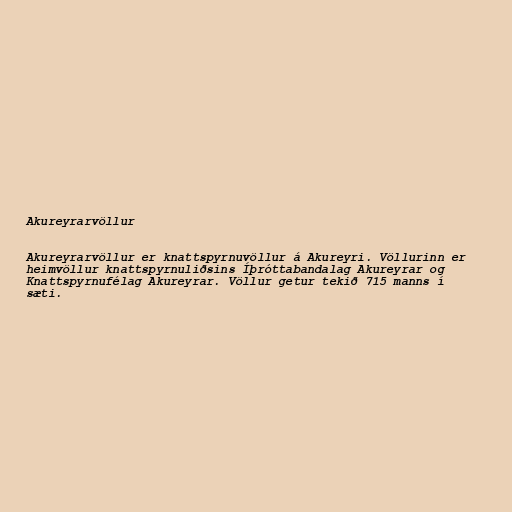
Akureyrarvöllur

Akureyrarvöllur er knattspyrnuvöllur á Akureyri. Völlurinn er
heimvöllur knattspyrnuliðsins Íþróttabandalag Akureyrar og
Knattspyrnufélag Akureyrar. Völlur getur tekið 715 manns í
sæti.